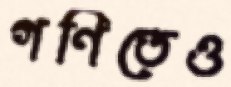
গণিতেও